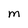
Character: M